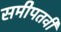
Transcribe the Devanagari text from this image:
समीपतर्वी